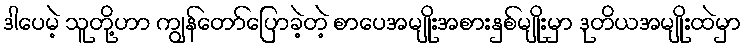
ဒါပေမဲ့ သူတို့ဟာ ကျွန်တော်ပြောခဲ့တဲ့ စာပေအမျိုးအစားနှစ်မျိုးမှာ ဒုတိယအမျိုးထဲမှာ